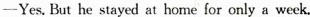
---Yes. But he stayed at home for only a week.